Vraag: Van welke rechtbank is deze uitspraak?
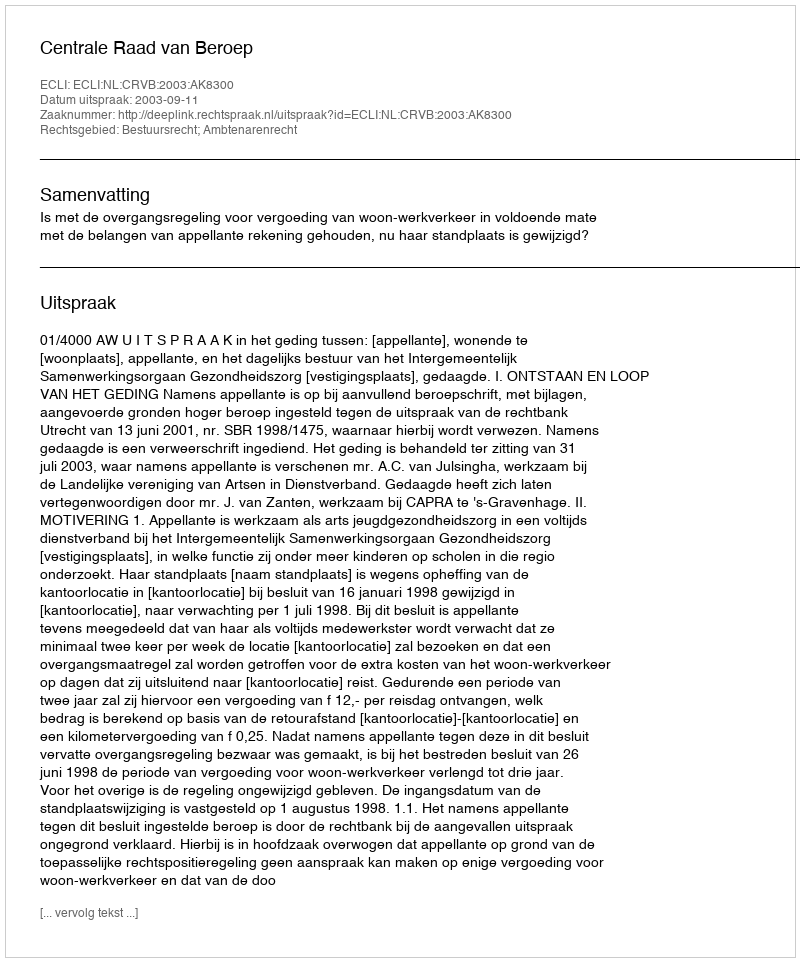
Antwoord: Centrale Raad van Beroep